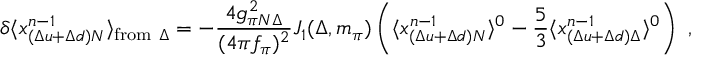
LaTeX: \delta \langle x _ { ( \Delta u + \Delta d ) N } ^ { n - 1 } \rangle _ { \mathrm { f r o m } ~ \Delta } = - { \frac { 4 g _ { \pi N \Delta } ^ { 2 } } { ( 4 \pi f _ { \pi } ) ^ { 2 } } } J _ { 1 } ( \Delta , m _ { \pi } ) \left( \langle x _ { ( \Delta u + \Delta d ) N } ^ { n - 1 } \rangle ^ { 0 } - { \frac { 5 } { 3 } } \langle x _ { ( \Delta u + \Delta d ) \Delta } ^ { n - 1 } \rangle ^ { 0 } \right) \ ,